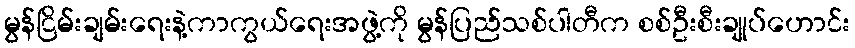
မွန်ငြိမ်းချမ်းရေးနဲ့ကာကွယ်ရေးအဖွဲ့ကို မွန်ပြည်သစ်ပါတီက စစ်ဦးစီးချုပ်ဟောင်း